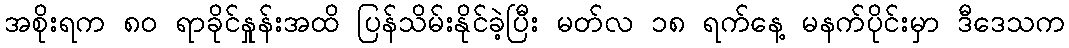
အစိုးရက ၈၀ ရာခိုင်နှုန်းအထိ ပြန်သိမ်းနိုင်ခဲ့ပြီး မတ်လ ၁၈ ရက်နေ့ မနက်ပိုင်းမှာ ဒီဒေသက